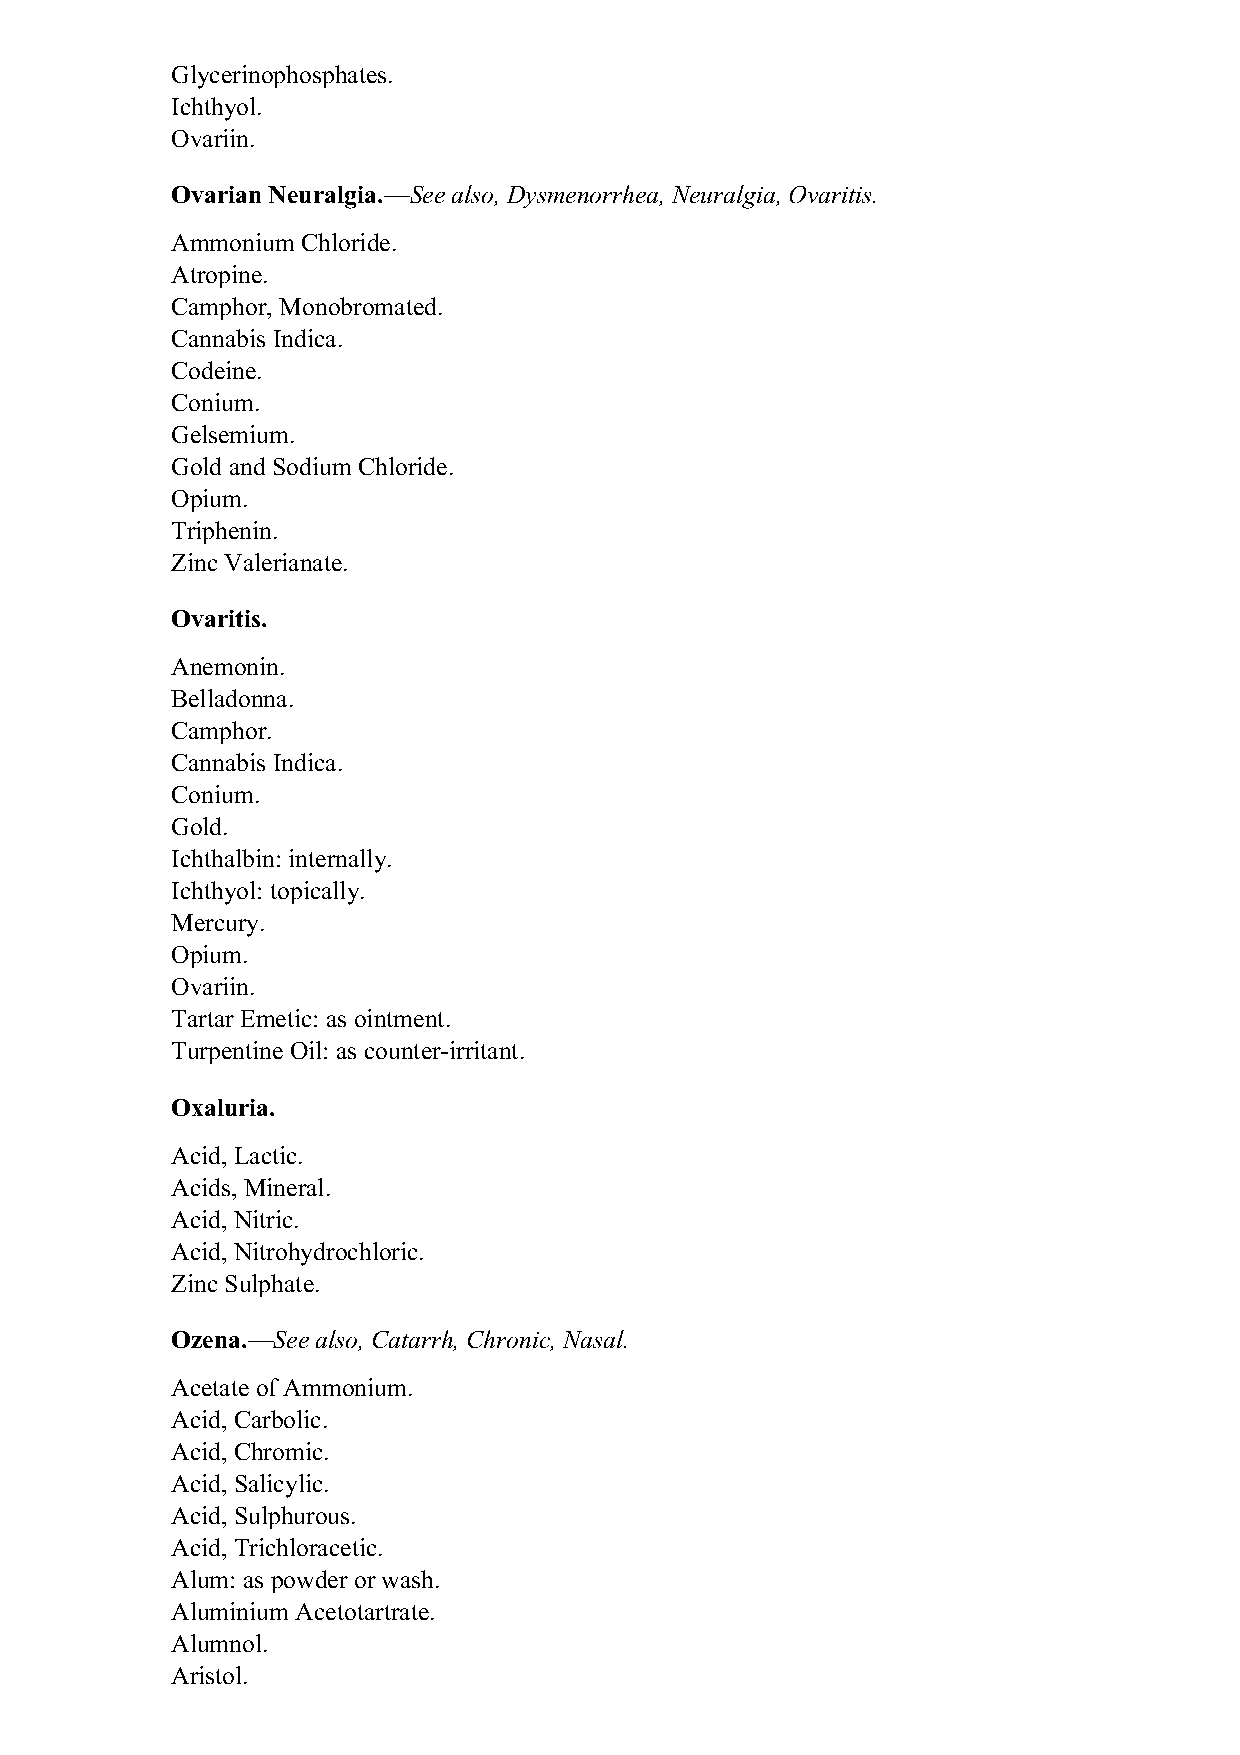
Glycerinophosphates.
 Ichthyol.
 Ovariin.
 Ovarian Neuralgia.—See also, Dysmenorrhea, Neuralgia, Ovaritis.
 Ammonium Chloride.
 Atropine.
 Camphor, Monobromated.
 Cannabis Indica.
 Codeine.
 Conium.
 Gelsemium.
 Gold and Sodium Chloride.
 Opium.
 Triphenin.
 Zinc Valerianate.
 Ovaritis.
 Anemonin.
 Belladonna.
 Camphor.
 Cannabis Indica.
 Conium.
 Gold.
 Ichthalbin: internally.
 Ichthyol: topically.
 Mercury.
 Opium.
 Ovariin.
 Tartar Emetic: as ointment.
 Turpentine Oil: as counter-irritant.
 Oxaluria.
 Acid, Lactic.
 Acids, Mineral.
 Acid, Nitric.
 Acid, Nitrohydrochloric.
 Zinc Sulphate.
 Ozena.—See also, Catarrh, Chronic, Nasal.
 Acetate of Ammonium.
 Acid, Carbolic.
 Acid, Chromic.
 Acid, Salicylic.
 Acid, Sulphurous.
 Acid, Trichloracetic.
 Alum: as powder or wash.
 Aluminium Acetotartrate.
 Alumnol.
 Aristol.